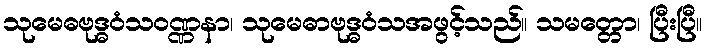
သုမေဓဗုဒ္ဓဝံသဝဏ္ဏနာ၊ သုမေဓာဗုဒ္ဓဝံသအဖွင့်သည်။ သမတ္တော၊ ပြီးပြီ။